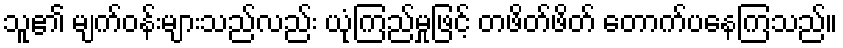
သူ၏ မျက်ဝန်းများသည်လည်း ယုံကြည်မှုဖြင့် တဖိတ်ဖိတ် တောက်ပနေကြသည်။